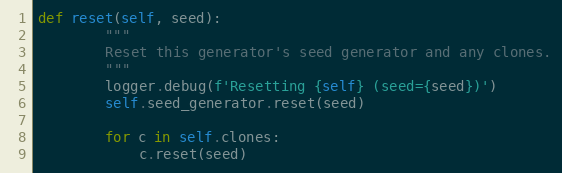
Language: Python
def reset(self, seed):
        """
        Reset this generator's seed generator and any clones.
        """
        logger.debug(f'Resetting {self} (seed={seed})')
        self.seed_generator.reset(seed)

        for c in self.clones:
            c.reset(seed)